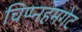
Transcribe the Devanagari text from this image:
चिप्प्नहमगेट